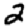
Digit: 2